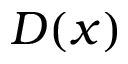
D ( x )